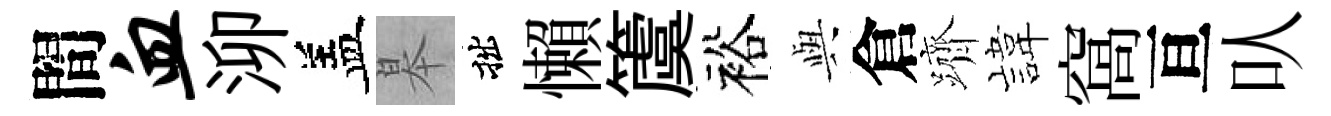
間血泖盖皋拙懶𥵂裕𫤰倉躋旗窩亘㕥